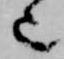
也